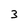
Character: 3